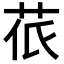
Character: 𮎱